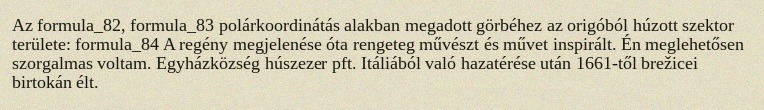
Az formula_82, formula_83 polárkoordinátás alakban megadott görbéhez az origóból húzott szektor területe: formula_84 A regény megjelenése óta rengeteg művészt és művet inspirált. Én meglehetősen szorgalmas voltam. Egyházközség húszezer pft. Itáliából való hazatérése után 1661-től brežicei birtokán élt.